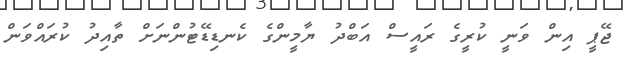
ޖޭޕީ އިން ވަަނީ ކުރީގެ ރައީސް އަބްދު ޔާމީންގެ ކެނޑިޑޭޓުންނަށް ތާއިދު ކުރައްވަން